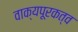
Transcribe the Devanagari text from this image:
वाक्यपूरकत्व